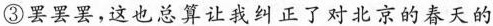
③罢罢罢，这也总算让我纠正了对北京 春天的